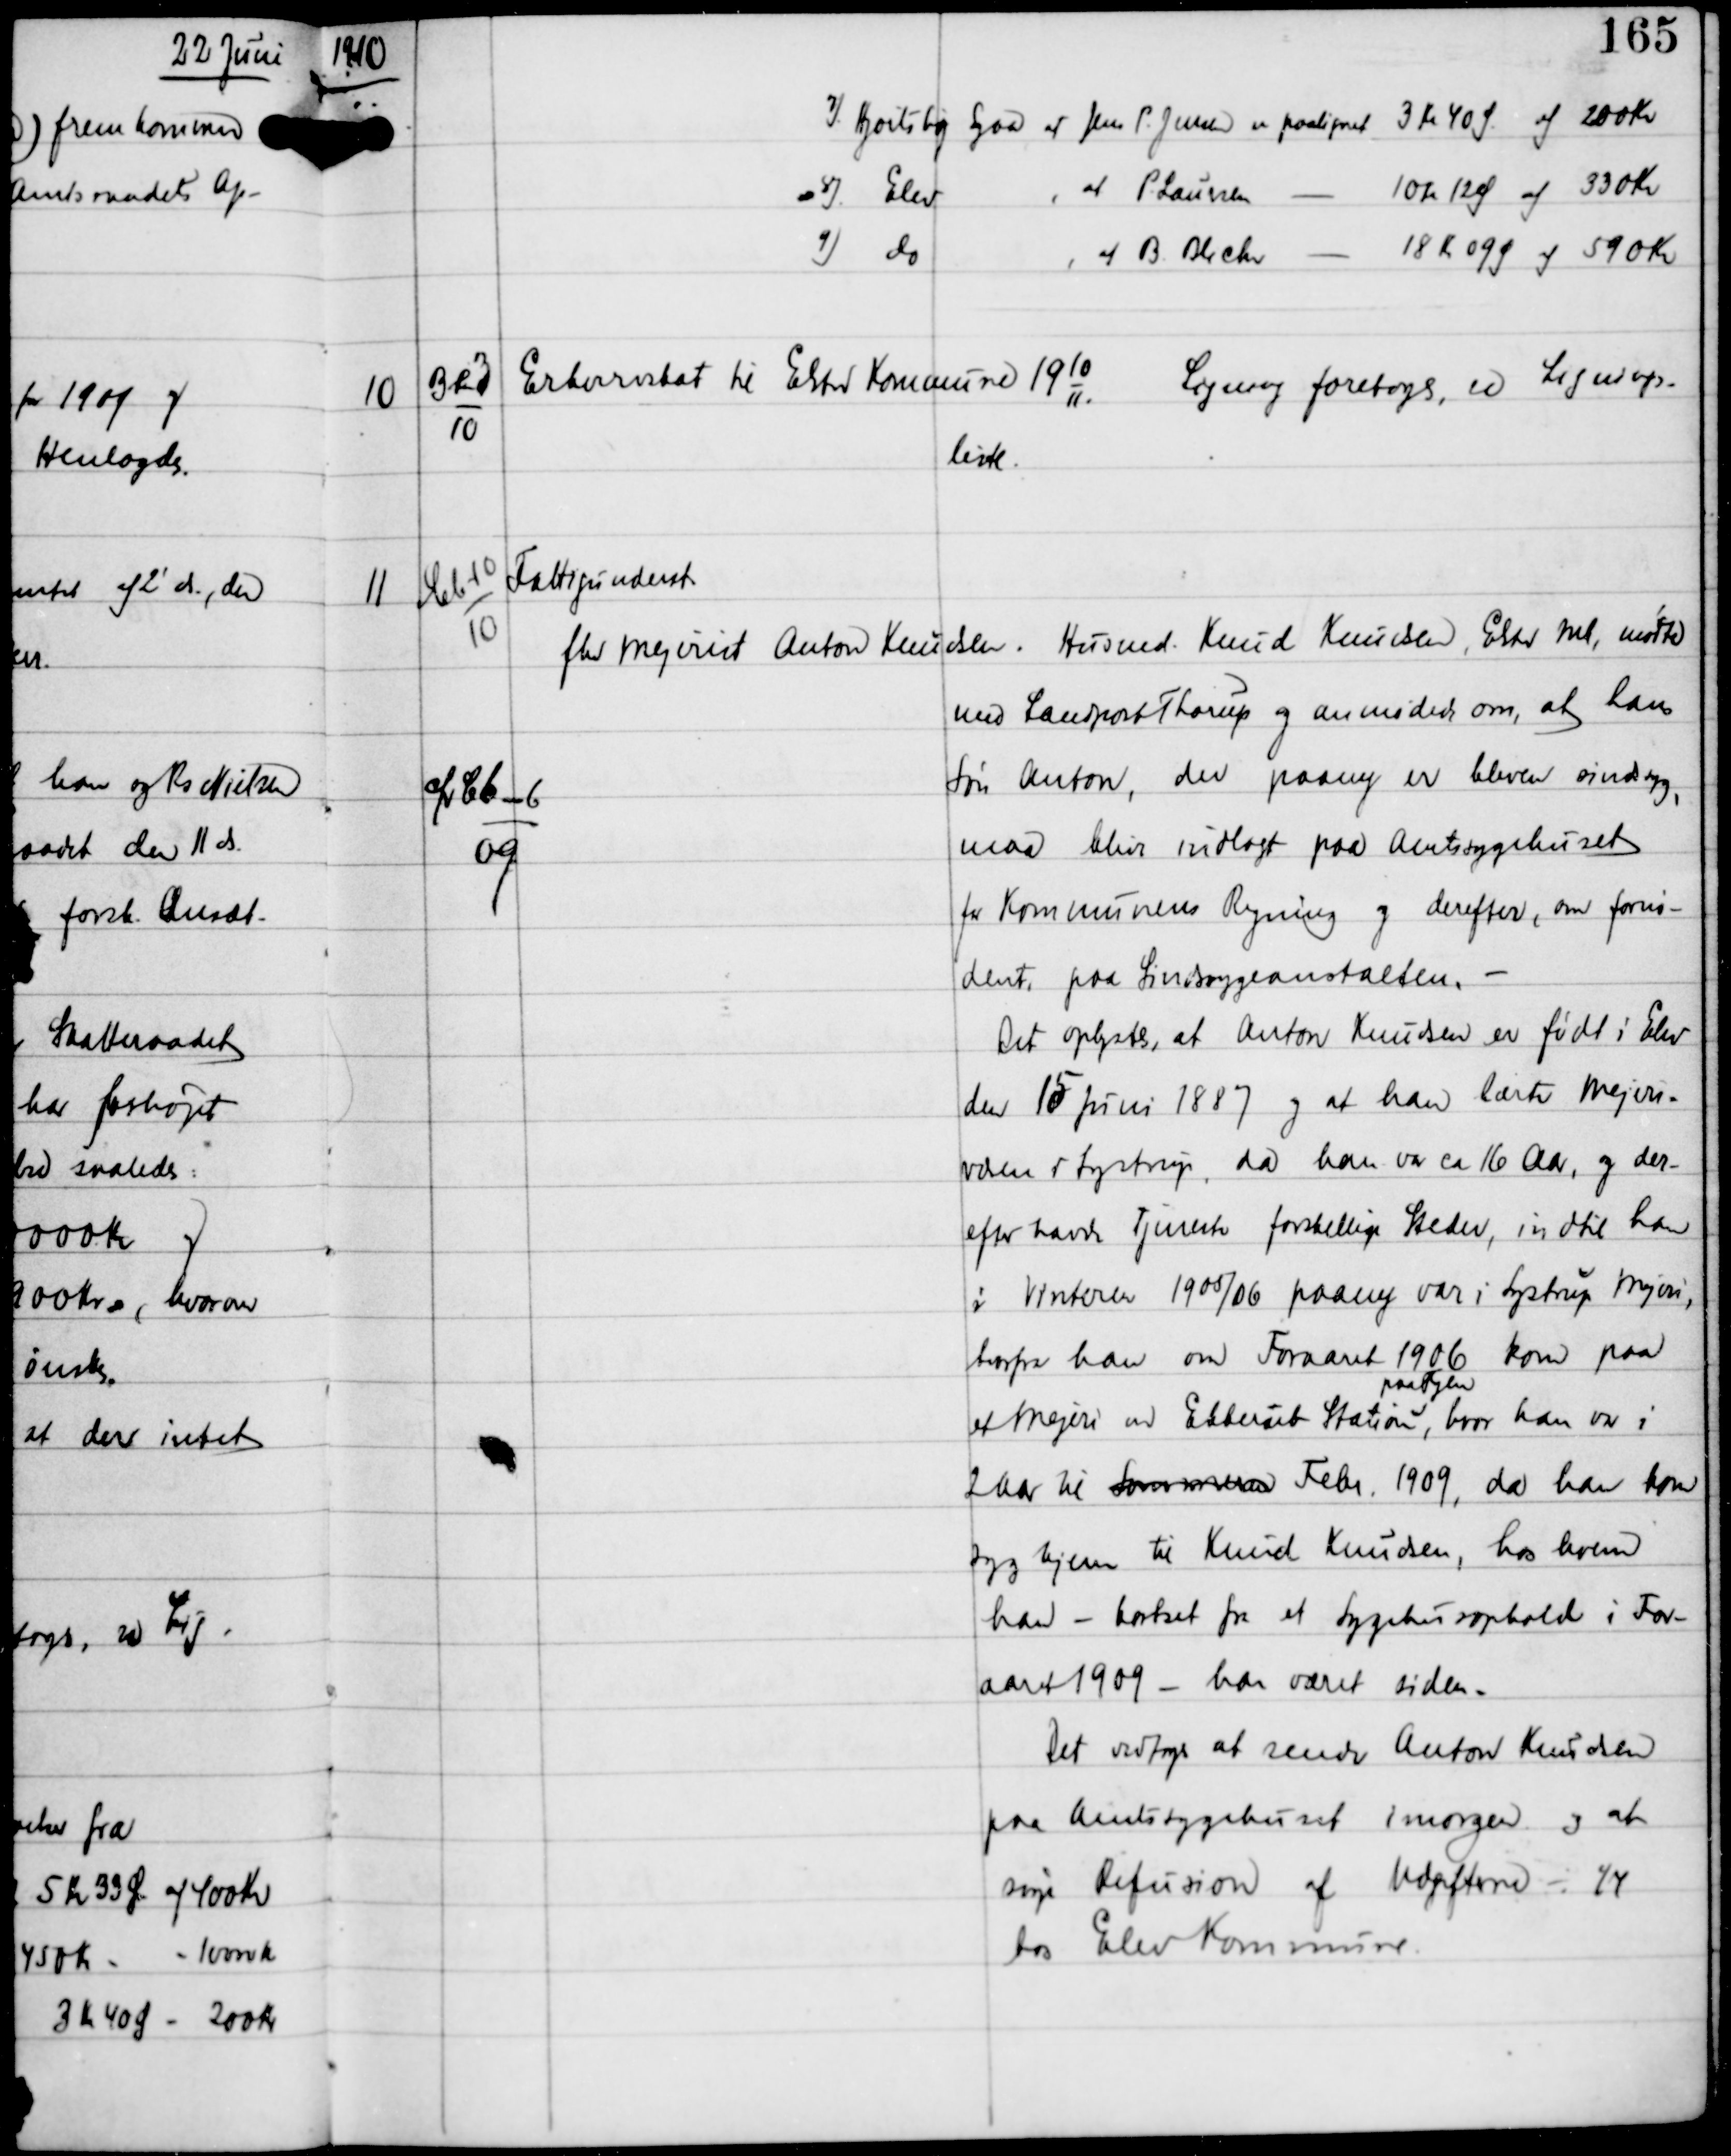
Transskription:
1910

7) Hjortshøj Egaa at Jens P. Jensen er paalignet 3 Kr 40 Ø af 200 Kr
8) Elev
, at P Laursen - 10 Kr 12 Ø af 330 Kr
9) do
, at B Blicher - 18 Kr 09 Ø af 590 Kr

10

Bb 3
10

Erhvervsskat til Elsted Kommune 19
10
11

Ligning foretoges, se Lignings-

liste.

11

Cb-10
10

afv Cb-6
09

Fattigunderst
fhv Mejerist Anton Knudsen.

Husmd Knud Knudsen, Elsted Mk, mødte

med Landpost Thorup og anmodede om, at hans
Søn Anton, der paany er bleven sindsyg,
maa blive indlagt paa Amtsygehuset
for Kommunens Regning og derefter, om fornø-
dent paa Sindsygeanstalten. -

Det oplystes, at Anton Knudsen er født i Elev
den 15 Juni 1887 og at han lærte Mejeri-
væsen i Lystrup, da han var ca 16 Aar, og der-
efter havde Tjeneste forskellige Steder, indtil han
i Vinteren 1905/06 paany var i Lystrup Mejeri,
hvorfra han om Foraaret 1906 kom paa
et Mejeri ved Ebberub Station,
paa Fyen
hvor han var i
2 Aar til Sommeren  Febr 1909, da han kom
syg hjem til Knud Knudsen, hos hvem
han - bortset fra et Sygehusophold i For-
aaret 1909 - har været siden.
Det vedtoges at sende Anton Knudsen
paa Amtsygehuset imorgen og at
søge Refusion af Udgifterne - ¼
hos Elev Kommune.